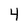
Character: 4